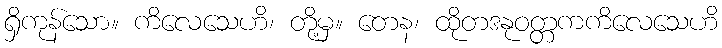
ရှိကုန်သော။ ကိလေသေဟိ၊ တို့မှ။ တေန၊ ထိုတဒနုဝတ္တကကိလေသေဟိ